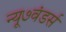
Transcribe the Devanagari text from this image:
न्यू७वंडर्स